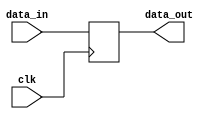
module parameter_assign_statement (
  input wire clk,
  input wire [7:0] data_in,
  output reg [7:0] data_out
);

parameter DELAY = 10; // Define a parameter with value 10

always @(posedge clk) begin
  // Delay the data_in by the value of DELAY
  data_out <= #DELAY data_in;
end

endmodule